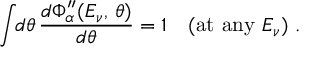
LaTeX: \int \! \! d \theta \, \frac { d \Phi _ { \alpha } ^ { \prime \prime } ( E _ { \nu } , \, \theta ) } { d \theta } = 1 \quad ( \mathrm { a t \ a n y \ } E _ { \nu } ) \ .